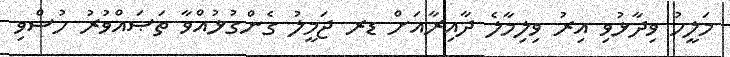
މަލީހު ވިދާޅުވި އިރު ވިލިމާލެ ދާއިރާއަށް ޑރ ޖަމީލު ގެންގުޅުއްވާ ތަޞައްވުރު ހުސްވި